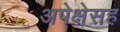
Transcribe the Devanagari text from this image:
अपेक्षेसह